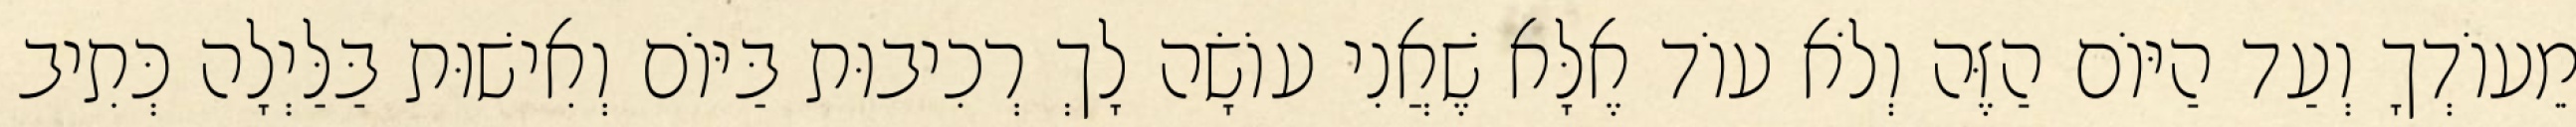
מֵעוֹדְךָ וְעַד הַיּוֹם הַזֶּה וְלֹא עוֹד אֶלָּא שֶׁאֲנִי עוֹשָׂה לָךְ רְכִיבוּת בַּיּוֹם וְאִישׁוּת בַּלַּיְלָה כְּתִיב